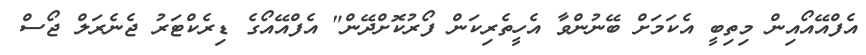
އެފްއޭއޯއިން މިތިބީ އެކަމަށް ބޭނުންވާ އެހީތެރިކަން ފޯރުކޮށްދޭން" އެފްއޭއޯގެ ޑިރެކްޓަރު ޖެނެރަލް ޖޯސް